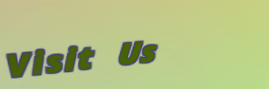
Visit Us